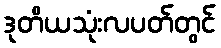
ဒုတိယသုံးလပတ်တွင်